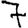
Digit: 7